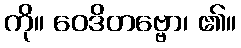
ကို။ ဝေဒိတဗ္ဗော၊ ၏။